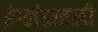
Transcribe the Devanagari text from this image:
इंग्लंडातली